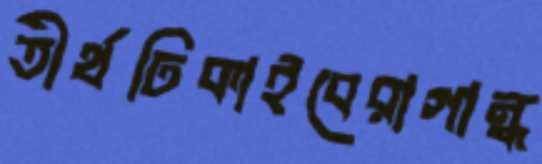
তীর্থঢিকাইবেরাগান্ধ